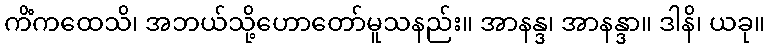
ကိံကထေသိ၊ အဘယ်သို့ဟောတော်မူသနည်း။ အာနန္ဒ၊ အာနန္ဒာ။ ဒါနိ၊ ယခု။